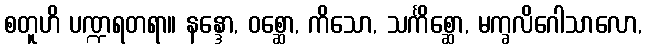
စတူဟိ ပဏ္ဍရတရာ။ နန္ဒော, ဝစ္ဆော, ကိသော, သင်္ကိစ္ဆော, မက္ခလိဂေါသာလော,